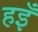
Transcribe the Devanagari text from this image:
हइँ